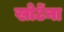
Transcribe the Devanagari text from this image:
खोटेंना